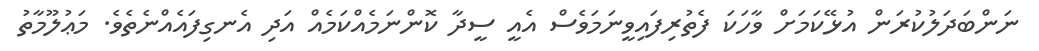
ނަންބަދަލުކުރަން އުޅޭކަމަށް ވާހަކަ ފެތުރިފައިވީނަމަވެސް އެއީ ސީދާ ކޮންނަމެއްކަމެއް އަދި އެނގިފައެއްނެތެވެ. މަޢުލޫމާތު